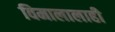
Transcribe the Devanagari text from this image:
विमालालाही